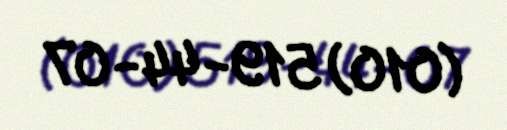
(010) 519-44-07